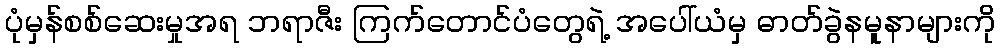
ပုံမှန်စစ်ဆေးမှုအရ ဘရာဇီး ကြက်တောင်ပံတွေရဲ့ အပေါ်ယံမှ ဓာတ်ခွဲနမူနာများကို